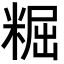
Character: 𥺷